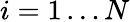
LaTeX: i=1\dots N